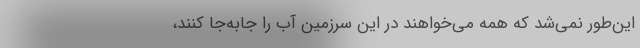
این‌طور نمی‌شد که همه می‌خواهند در این سرزمین آب را جابه‌جا کنند،